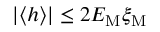
| \langle h \rangle | \leq 2 { \cal E } _ { \mathrm { M } } \xi _ { \mathrm { M } }